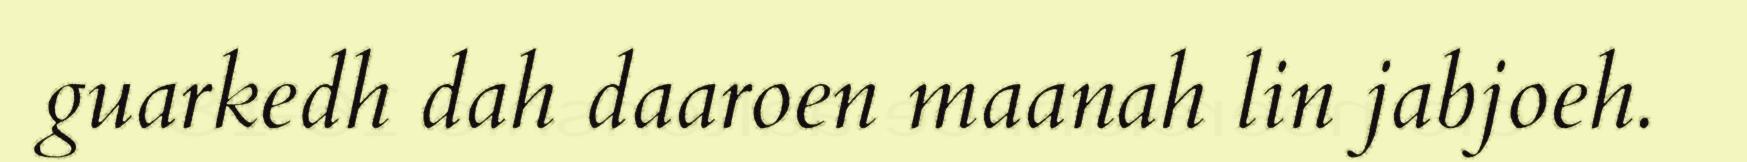
guarkedh dah daaroen maanah lin jabjoeh.